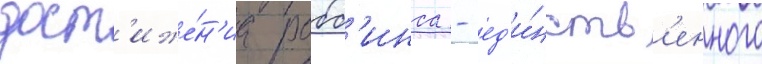
дост'иже́н'иа робб'инса - ед'и́нств'енного